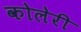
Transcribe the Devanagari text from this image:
कोलेरी